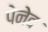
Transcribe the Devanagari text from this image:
पेनेव